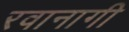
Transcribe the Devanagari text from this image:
रवानागी